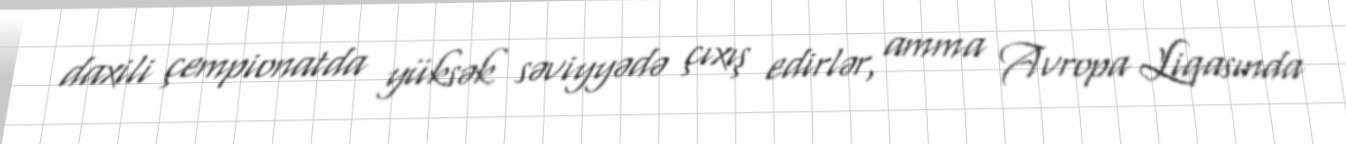
daxili çempionatda yüksək səviyyədə çıxış edirlər, amma Avropa Liqasında